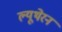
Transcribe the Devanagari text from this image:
ल्यूथेरन